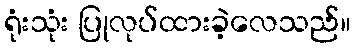
ရုံးသုံး ပြုလုပ်ထားခဲ့လေသည်။